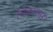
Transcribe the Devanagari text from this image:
चिकणसह